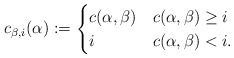
\begin{align*} c_{\beta, i}(\alpha) := \begin{cases} c(\alpha, \beta) & c(\alpha, \beta) \geq i \\ i & c(\alpha, \beta) < i. \end{cases} \end{align*}